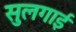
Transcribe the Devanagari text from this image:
सुलगाई